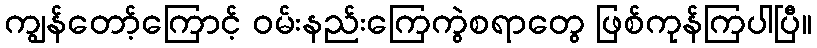
ကျွန်တော့်ကြောင့် ဝမ်းနည်းကြေကွဲစရာတွေ ဖြစ်ကုန်ကြပါပြီ။